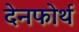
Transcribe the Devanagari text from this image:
देनफोर्थ